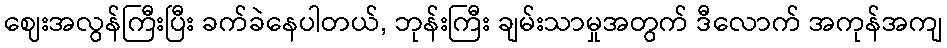
ဈေးအလွန်ကြီးပြီး ခက်ခဲနေပါတယ်, ဘုန်းကြီး ချမ်းသာမှုအတွက် ဒီလောက် အကုန်အကျ